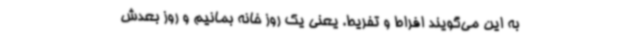
به این می‌گویند افراط و تفریط. یعنی یک روز خانه بمانیم و روز بعدش